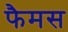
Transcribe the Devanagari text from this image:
फैमस